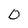
Character: 0